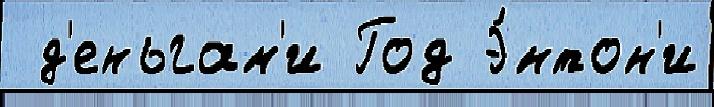
 д'еньгам'и Год Э́нтон'и